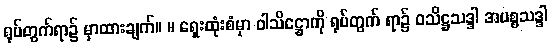
ရုပ်တွက်ရာ၌ မှာထားချက်။ ။ ရှေးထုံးစံမှာ ဝါသိဋ္ဌောကို ရုပ်တွက် ရာ၌ ဝသိဋ္ဌသဒ္ဒါ အပစ္စသဒ္ဒါ